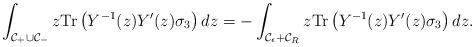
LaTeX: \begin{align*}\int_{\mathcal{C}_{+}\cup \mathcal{C}_{-}} z \mathrm{Tr}\left({Y}^{-1}(z){Y}^{\prime}(z)\sigma_3 \right) dz = -\int_{\mathcal{C}_\epsilon+ \mathcal{C}_R} z \mathrm{Tr}\left({Y}^{-1}(z){Y}^{\prime}(z)\sigma_3 \right)dz.\end{align*}